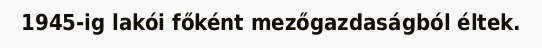
1945-ig lakói főként mezőgazdaságból éltek.